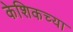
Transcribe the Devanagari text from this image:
केशिकच्या